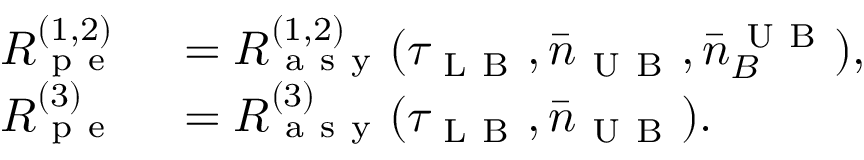
\begin{array} { r l } { R _ { \mathrm { ~ p ~ e ~ } } ^ { ( 1 , 2 ) } } & { { } = R _ { \mathrm { ~ a ~ s ~ y ~ } } ^ { ( 1 , 2 ) } ( \tau _ { \mathrm { ~ L ~ B ~ } } , \bar { n } _ { \mathrm { ~ U ~ B ~ } } , \bar { n } _ { B } ^ { \mathrm { ~ U ~ B ~ } } ) , } \\ { R _ { \mathrm { ~ p ~ e ~ } } ^ { ( 3 ) } } & { { } = R _ { \mathrm { ~ a ~ s ~ y ~ } } ^ { ( 3 ) } ( \tau _ { \mathrm { ~ L ~ B ~ } } , \bar { n } _ { \mathrm { ~ U ~ B ~ } } ) . } \end{array}